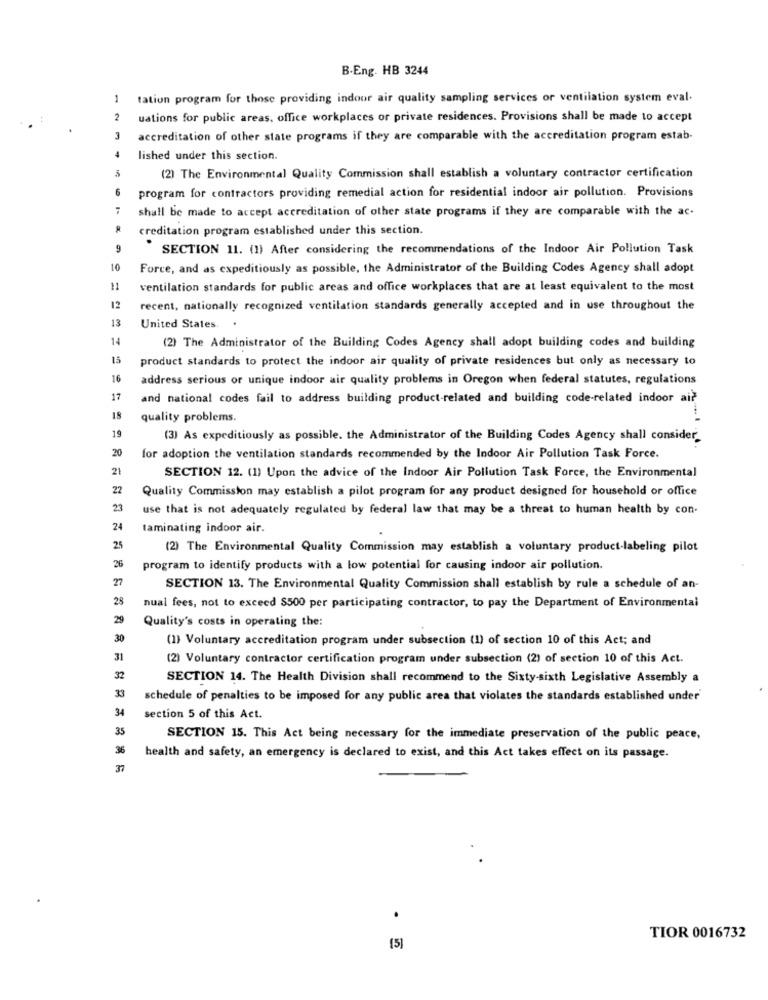
B.Eng. HB 3244
1
tation program for those providing indoor air quality sampling services or ventilation system eval.
uations for public areas, office workplaces or private residences. Provisions shall be made to accept
3
accreditation of other state programs if they are comparable with the accreditation program estab-
lished under this section.
(2) The Environmental Quality Commission shall establish a voluntary contractor certification
6
program for contractors providing remedial action for residential indoor air pollution. Provisions
shall be made to accept accreditation of other state programs if they are comparable with the ac-
creditation program established under this section.
9
SECTION 11. (1) After considering the recommendations of the Indoor Air Pollution Task
10
Force, and as expeditiously as possible, the Administrator of the Building Codes Agency shall adopt
11
ventilation standards for public areas and office workplaces that are at least equivalent to the most
12
recent, nationally recognized ventilation standards generally accepted and in use throughout the
13
United States.
14
(2) The Administrator of the Building Codes Agency shall adopt building codes and building
15
product standards to protect the indoor air quality of private residences but only as necessary to
16
address serious or unique indoor air quality problems in Oregon when federal statutes, regulations
17
and national codes fail to address building product-related and building code-related indoor air
quality problems.
19
(3) As expeditiously as possible. the Administrator of the Building Codes Agency shall consider_
20
for adoption the ventilation standards recommended by the Indoor Air Pollution Task Force.
21
SECTION 12. (1) Upon the advice of the Indoor Air Pollution Task Force, the Environmental
22
Quality Commission may establish a pilot program for any product designed for household or office
23
use that is not adequately regulated by federal law that may be a threat to human health by con-
24
laminating indoor air.
25
(2) The Environmental Quality Commission may establish a voluntary product-labeling pilot
26
program to identify products with a low potential for causing indoor air pollution.
27
SECTION 13. The Environmental Quality Commission shall establish by rule a schedule of an-
28
nual fees, not to exceed $500 per participating contractor, to pay the Department of Environmental
29
Quality's costs in operating the:
30
(1) Voluntary accreditation program under subsection (1) of section 10 of this Act; and
31
(2) Voluntary contractor certification program under subsection (2) of section 10 of this Act.
32
SECTION 14. The Health Division shall recommend to the Sixty-sixth Legislative Assembly a
33
schedule of penalties to be imposed for any public area that violates the standards established under'
34
section 5 of this Act.
35
SECTION 15. This Act being necessary for the immediate preservation of the public peace,
36
health and safety, an emergency is declared to exist, and this Act takes effect on its passage.
TIOR 0016732
[5]